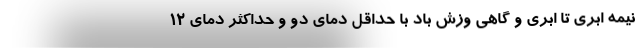
نیمه ابری تا ابری و گاهی وزش باد با حداقل دمای دو و حداکثر دمای ۱۲